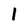
Character: 1